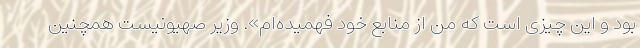
بود و این چیزی است که من از منابع خود فهمیده‌ام». وزیر صهیونیست همچنین